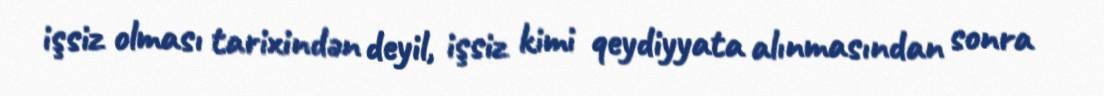
işsiz olması tarixindən deyil, işsiz kimi qeydiyyata alınmasından sonra